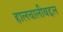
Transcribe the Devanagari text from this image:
हालचालीबद्दल